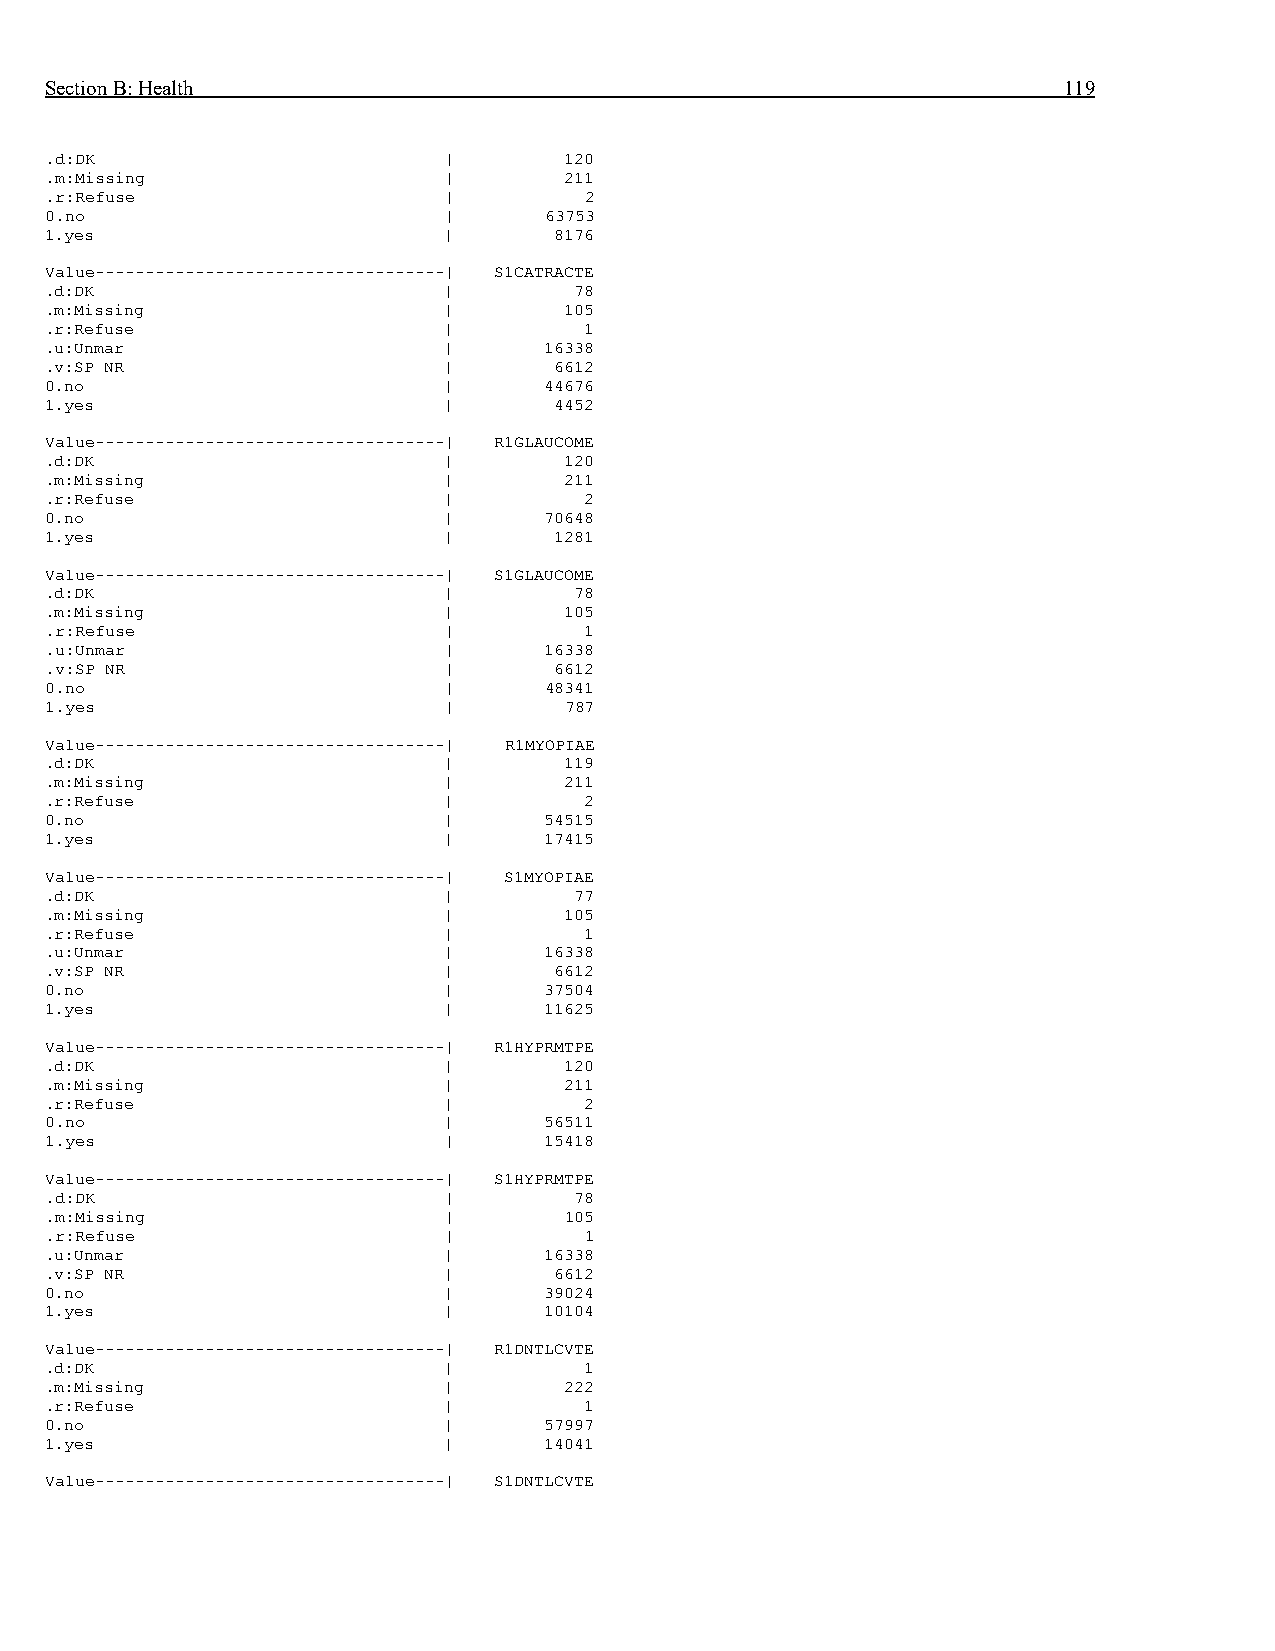
Section B: Health                                                  119
 .d:DK                     |       120
 .m:Missing                |       211
 .r:Refuse                 |         2
 0.no                      |      63753
 1.yes                     |       8176
 Value-----------------------------------| S1CATRACTE
 .d:DK                     |        78
 .m:Missing                |       105
 .r:Refuse                 |         1
 .u:Unmar                  |      16338
 .v:SP NR                  |       6612
 0.no                      |      44676
 1.yes                     |       4452
 Value-----------------------------------| R1GLAUCOME
 .d:DK                     |       120
 .m:Missing                |       211
 .r:Refuse                 |         2
 0.no                      |      70648
 1.yes                     |       1281
 Value-----------------------------------| S1GLAUCOME
 .d:DK                     |        78
 .m:Missing                |       105
 .r:Refuse                 |         1
 .u:Unmar                  |      16338
 .v:SP NR                  |       6612
 0.no                      |      48341
 1.yes                     |       787
 Value-----------------------------------| R1MYOPIAE
 .d:DK                     |       119
 .m:Missing                |       211
 .r:Refuse                 |         2
 0.no                      |      54515
 1.yes                     |      17415
 Value-----------------------------------| S1MYOPIAE
 .d:DK                     |        77
 .m:Missing                |       105
 .r:Refuse                 |         1
 .u:Unmar                  |      16338
 .v:SP NR                  |       6612
 0.no                      |      37504
 1.yes                     |      11625
 Value-----------------------------------| R1HYPRMTPE
 .d:DK                     |       120
 .m:Missing                |       211
 .r:Refuse                 |         2
 0.no                      |      56511
 1.yes                     |      15418
 Value-----------------------------------| S1HYPRMTPE
 .d:DK                     |        78
 .m:Missing                |       105
 .r:Refuse                 |         1
 .u:Unmar                  |      16338
 .v:SP NR                  |       6612
 0.no                      |      39024
 1.yes                     |      10104
 Value-----------------------------------| R1DNTLCVTE
 .d:DK                     |         1
 .m:Missing                |       222
 .r:Refuse                 |         1
 0.no                      |      57997
 1.yes                     |      14041
 Value-----------------------------------| S1DNTLCVTE